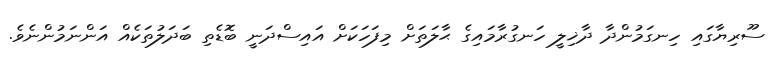
ސޫރިޔާގައި ހިނގަމުންދާ ދާޚިލީ ހަނގުރާމައިގެ ޙާލަތަށް މިފަހަކަށް އައިސްދަނީ ބޮޑެތި ބަދަލުތަކެއް އަންނަމުންނެވެ.